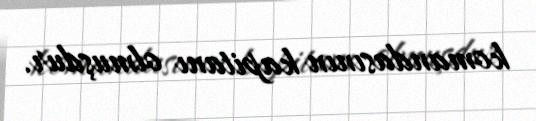
komandasının kapitanı olmuşdur.